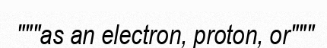
"""as an electron, proton, or"""